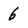
Character: 6